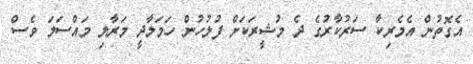
އެގޮތުން އެމެރިކާ ސަރުކާރުގެ ދެ މުޝީރަކަށް ފުލުހުން ހަމަލާދީ މަރާލި މައްސަލަ ވެސް